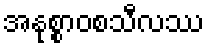
အနုစ္စာဝစသီလဿ